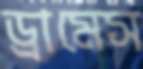
ড্রামেস